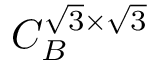
C _ { B } ^ { \sqrt { 3 } \times \sqrt { 3 } }